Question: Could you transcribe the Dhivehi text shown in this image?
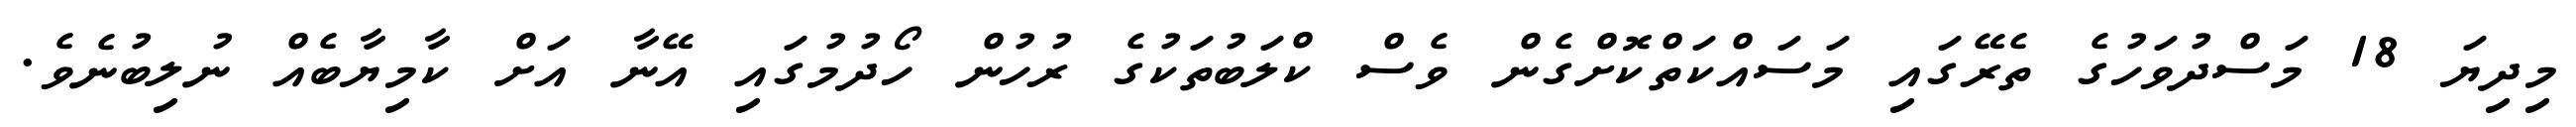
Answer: މިދިޔަ 18 މަސްދުވަހުގެ ތެރޭގައި މަސައްކަތްކޮށްގެން ވެސް ކްލަބުތަކުގެ ރުހުން ހޯދުމުގައި އޭނާ އަށް ކާމިޔާބެއް ނުލިބުނެވެ.